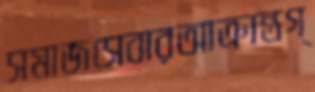
সমাজসেবারআক্রান্তগ্